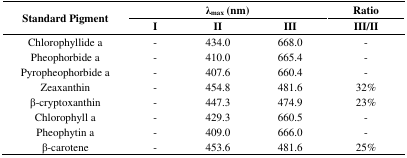
| <ROWSPAN=2> Standard Pigment | <COLSPAN=3> λmax (nm) | Ratio |
 | I | II | III | III/II |
 | --- | --- | --- | --- | --- |
 | Chlorophyllide a | - | 434.0 | 668.0 | - |
 | Pheophorbide a | - | 410.0 | 665.4 | - |
 | Pyropheophorbide a | - | 407.6 | 660.4 | - |
 | Zeaxanthin | - | 454.8 | 481.6 | 32% |
 | β-cryptoxanthin | - | 447.3 | 474.9 | 23% |
 | Chlorophyll a | - | 429.3 | 660.5 | - |
 | Pheophytin a | - | 409.0 | 666.0 | - |
 | β-carotene | - | 453.6 | 481.6 | 25% |